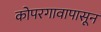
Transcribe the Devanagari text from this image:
कोपरगावापासून